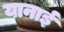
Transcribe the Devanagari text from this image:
यानाई